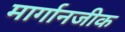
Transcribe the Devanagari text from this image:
मार्गानजीक